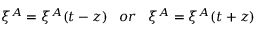
\xi ^ { A } = \xi ^ { A } ( t - z ) \; \; \; o r \; \; \; \xi ^ { A } = \xi ^ { A } ( t + z )